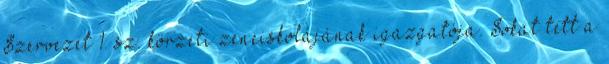
Szervezet 1. sz. körzeti zeneiskolájának igazgatója. Sokat tett a